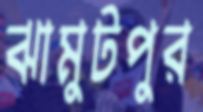
ঝামুটপুর